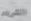
الشرير